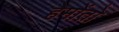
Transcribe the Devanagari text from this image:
हेमोंतो